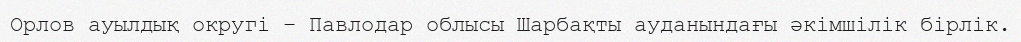
Орлов ауылдық округі – Павлодар облысы Шарбақты ауданындағы әкімшілік бірлік.